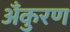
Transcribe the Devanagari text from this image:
अँकुरण